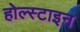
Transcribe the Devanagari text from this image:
होल्स्टाइन